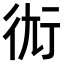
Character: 𧗢